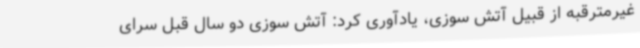
غیرمترقبه از قبیل آتش سوزی، یادآوری کرد: آتش سوزی دو سال قبل سرای